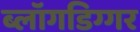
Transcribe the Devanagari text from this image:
ब्लॉगडिग्गर